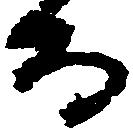
而